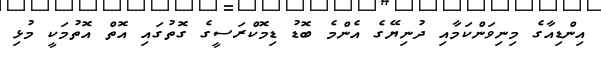
އިންޑިއާގެ މިނިވަންކަމާއި ދުނިޔޭގެ އެންމެ ބޮޑު ޑިމޮކްރަސީގެ ގޮތުގައި އޮތް އޮތުމަކީ މުޅި